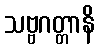
သဗ္ဗဂတ္တာနိ